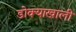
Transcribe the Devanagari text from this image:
डोक्याखाली